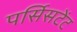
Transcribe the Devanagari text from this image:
पर्सिसटेंट